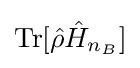
{\textstyle {\text{Tr}}[{\hat {\rho }}{\hat {H}}_{n_{B}}]}